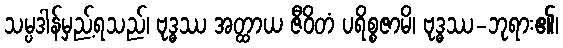
သမ္ပဒါန်မှည့်ရသည်၊ ဗုဒ္ဓဿ အတ္ထာယ ဇီဝိတံ ပရိစ္စဇာမိ၊ ဗုဒ္ဓဿ-ဘုရား၏၊